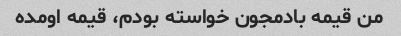
من قیمه بادمجون خواسته بودم، قیمه اومده